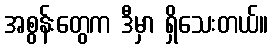
အစွန်းတွေက ဒီမှာ ရှိသေးတယ်။